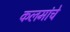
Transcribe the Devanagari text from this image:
कलमांचे